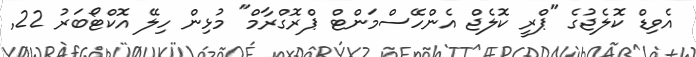
އެވިޑް ކޮލެޖުގެ "ޕްރީ ކޮލެޖް އެންހޭސްމަންޓް ޕްރޮގްރާމް" މުޅިން ހިލޭ އޮކްޓޯބަރު 22